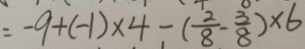
= - 9 + ( - 1 ) \times 4 - ( \frac { 2 } { 8 } - \frac { 3 } { 8 } ) \times 6